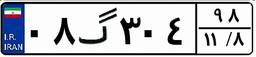
۳۳گ۴۵۰۷۶